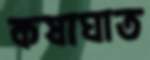
কষাঘাত